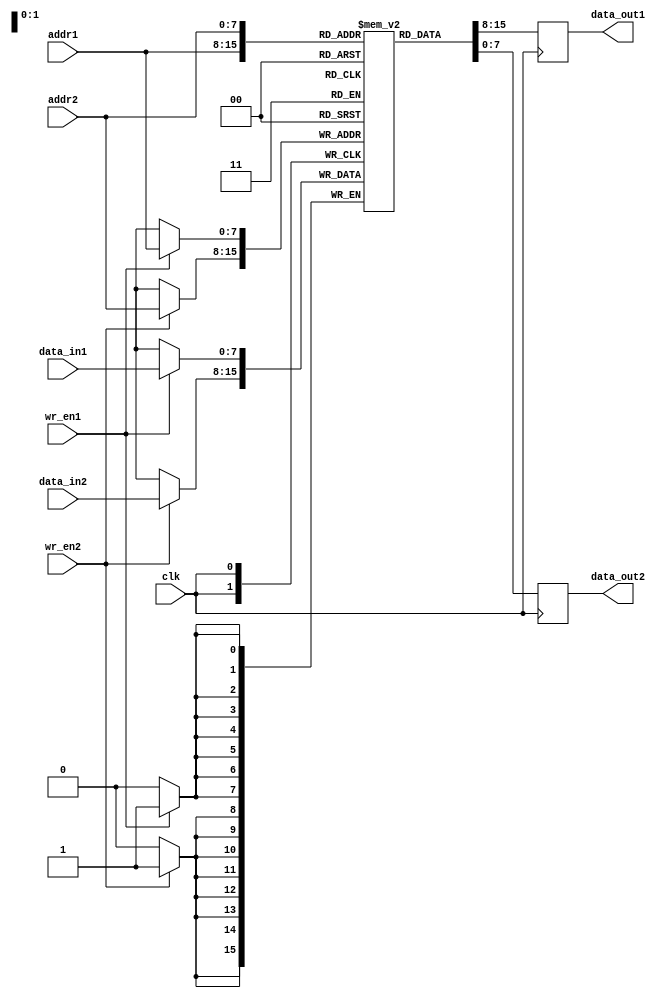
module dual_port_ram (
    input wire clk,
    input wire [7:0] addr1,
    input wire [7:0] addr2,
    input wire [7:0] data_in1,
    input wire [7:0] data_in2,
    input wire wr_en1,
    input wire wr_en2,
    output reg [7:0] data_out1,
    output reg [7:0] data_out2
);

reg [7:0] mem [0:255]; // 256x8 Dual-port RAM

always @(posedge clk) begin
    if (wr_en1)
        mem[addr1] <= data_in1;
    if (wr_en2)
        mem[addr2] <= data_in2;
    
    data_out1 <= mem[addr1];
    data_out2 <= mem[addr2];
end

endmodule